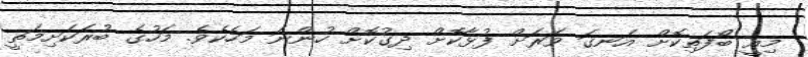
މިއީ ބޯފަތިކޮށް އަނގަ ވަރަށް ފުޅާކޮށް ދިގުކޮށް ހުންނަ މަހެކެވެ. މަހުގެ ބުރަކަށިމަތީ